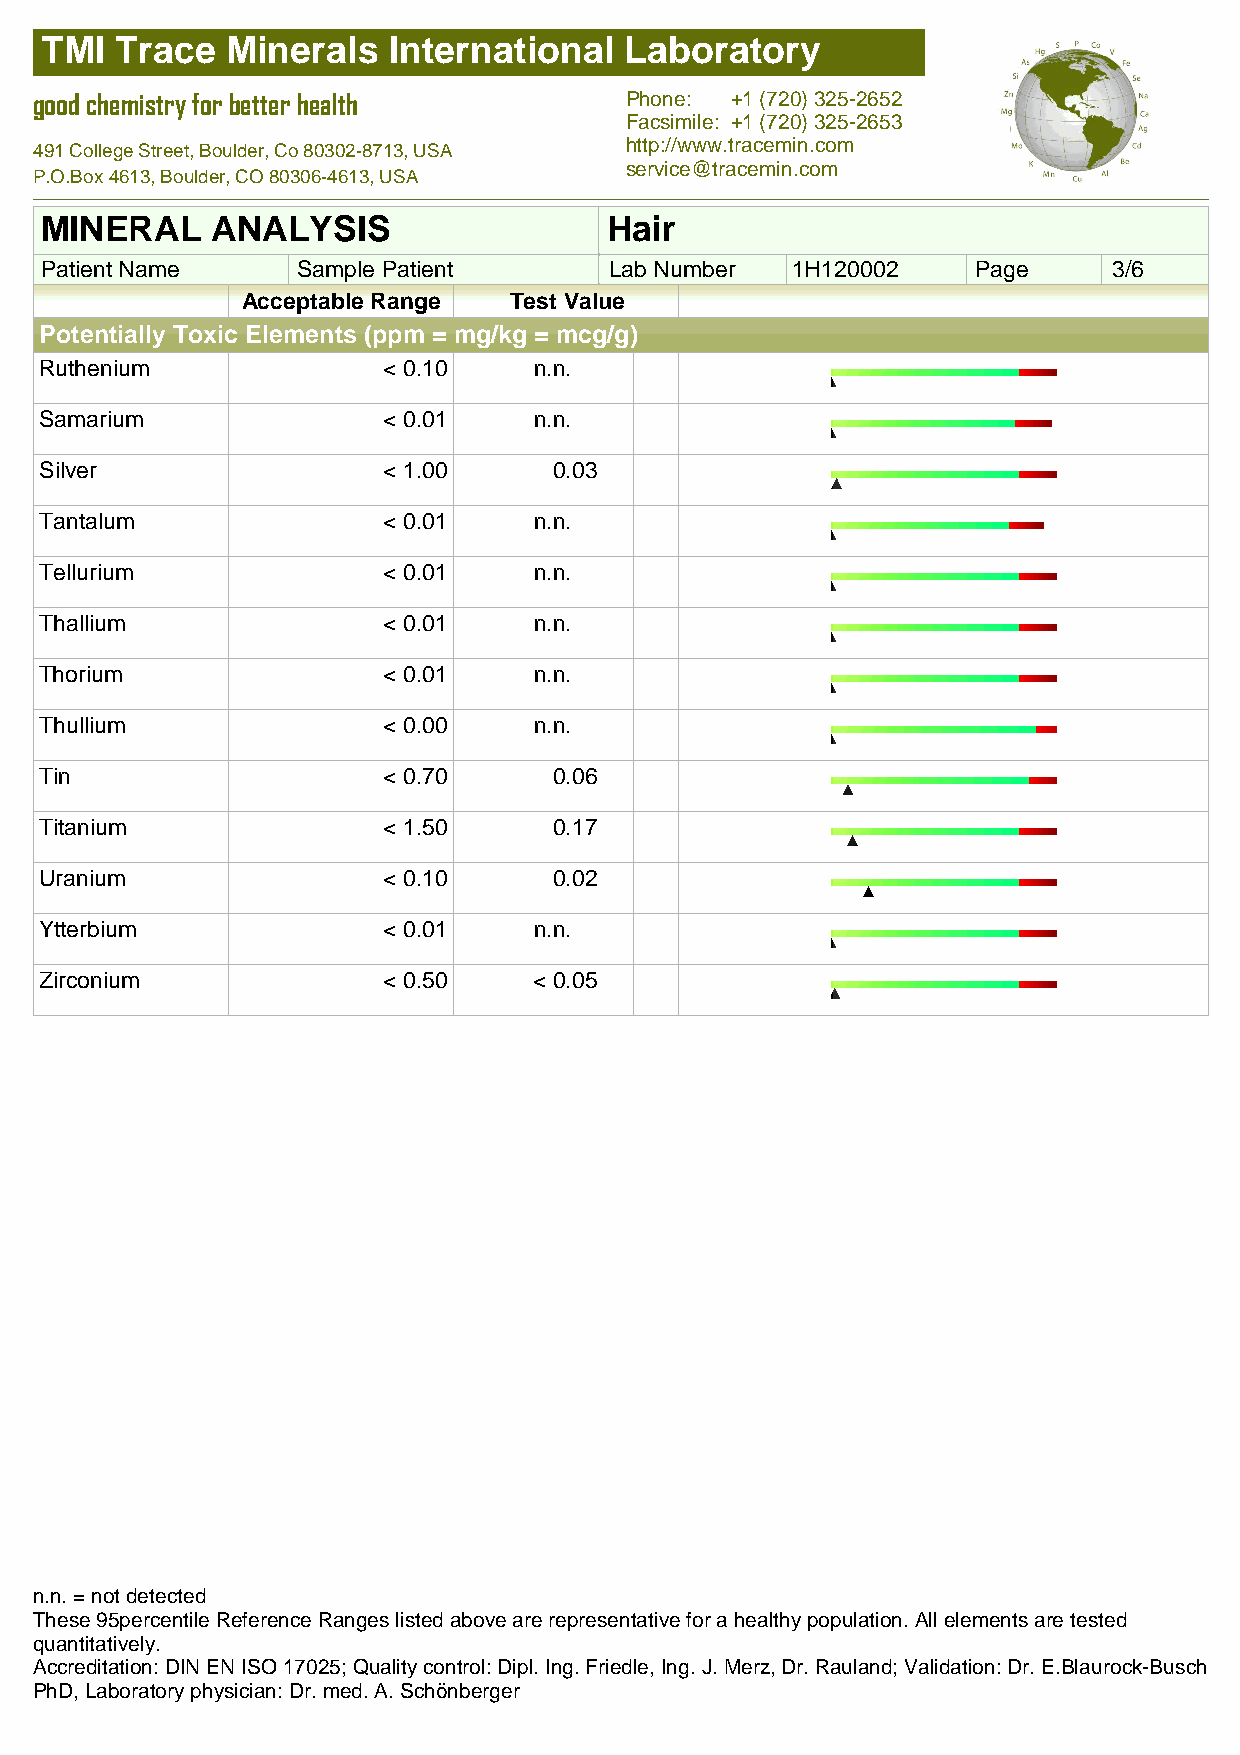
TMI  Trace  Minerals   International  Laboratory
 good chemistry for better health       Phone: +1 (720) 325-2652
 Facsimile: +1 (720) 325-2653
 http://www.tracemin.com
 491 College Street, Boulder, Co 80302-8713, USA
 service@tracemin.com
 P.O.Box 4613, Boulder, CO 80306-4613, USA
 MINERAL    ANALYSIS                  Hair
 Patient Name     Sample Patient      Lab Number  1H120002     Page     3/6
 Acceptable Range  Test Value
 Potentially Toxic Elements (ppm = mg/kg = mcg/g)
 Ruthenium             < 0.10    n.n.
 Samarium              < 0.01    n.n.
 Silver                < 1.00      0.03
 Tantalum              < 0.01    n.n.
 Tellurium             < 0.01    n.n.
 Thallium              < 0.01    n.n.
 Thorium               < 0.01    n.n.
 Thullium              < 0.00    n.n.
 Tin                   < 0.70      0.06
 Titanium              < 1.50      0.17
 Uranium               < 0.10      0.02
 Ytterbium             < 0.01    n.n.
 Zirconium             < 0.50    < 0.05
 n.n. = not detected
 These 95percentile Reference Ranges listed above are representative for a healthy population. All elements are tested
 quantitatively.
 Accreditation: DIN EN ISO 17025; Quality control: Dipl. Ing. Friedle, Ing. J. Merz, Dr. Rauland; Validation: Dr. E.Blaurock-Busch
 PhD, Laboratory physician: Dr. med. A. Schönberger